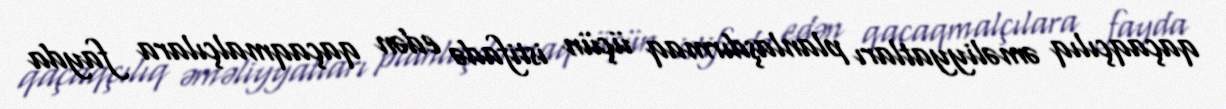
qaçaqçılıq əməliyyatları planlaşdırmaq üçün istifadə edən qaçaqmalçılara fayda